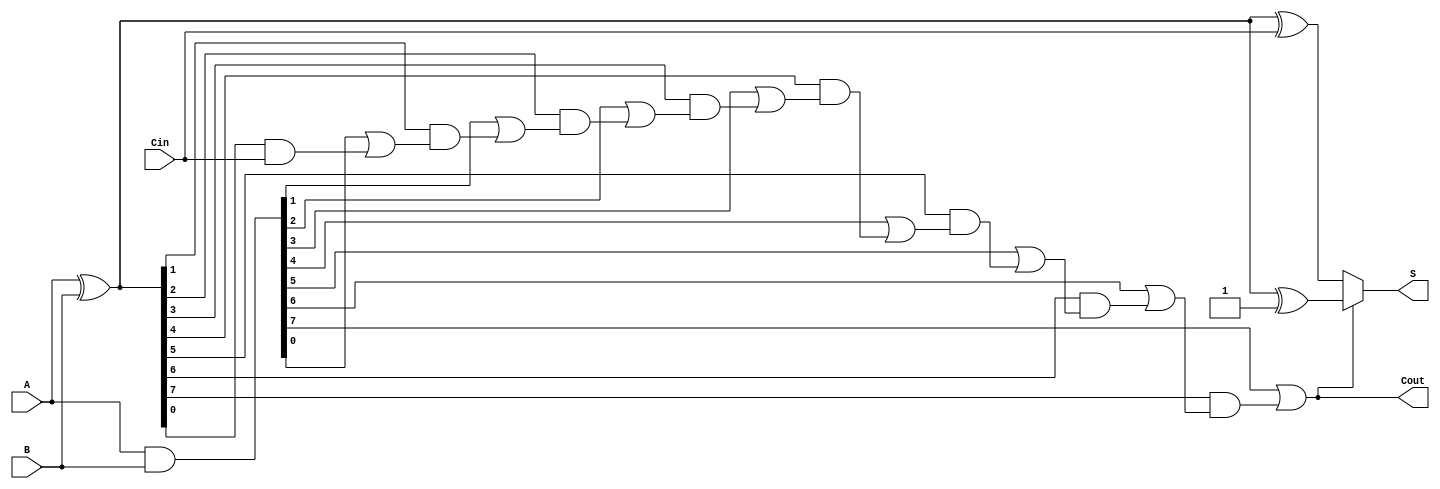
module ConditionalSumAdder #(parameter N = 8) (
    input [N-1:0] A,        // First n-bit input
    input [N-1:0] B,        // Second n-bit input
    input Cin,              // Carry-in
    output [N-1:0] S,       // n-bit sum output
    output Cout             // Carry-out
);

    // Generate and Propagate signals
    wire [N-1:0] G;         // Generate signals
    wire [N-1:0] P;         // Propagate signals
    wire [N:0] C;           // Carry signals (C[0] = Cin)
    
    // Compute Generate and Propagate signals
    assign G = A & B;                       // G[i] = A[i] & B[i]
    assign P = A ^ B;                       // P[i] = A[i] ^ B[i]
    
    // Compute Carry signals
    assign C[0] = Cin;                      // C[0] = Cin
    genvar i;
    generate
        for (i = 0; i < N; i = i + 1) begin : carry_gen
            assign C[i+1] = G[i] | (P[i] & C[i]); // C[i+1] = G[i] | (P[i] & C[i])
        end
    endgenerate

    // Compute Conditional Sum
    wire [N-1:0] S0;        // Sum outputs if carry is 0
    wire [N-1:0] S1;        // Sum outputs if carry is 1

    assign S0 = A ^ B ^ C[0];              // S0[i] = A[i] ^ B[i] ^ C[0]
    assign S1 = A ^ B ^ 1'b1;               // S1[i] = A[i] ^ B[i] ^ 1

    // Final Sum Output
    assign S = (C[N] ? S1 : S0);            // S = S1 if C[N] else S0

    // Final Carry Out
    assign Cout = C[N];                      // Cout = C[N]

endmodule